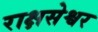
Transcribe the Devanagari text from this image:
राक्षसेश्वर